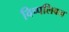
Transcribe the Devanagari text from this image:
विप्पलिवन